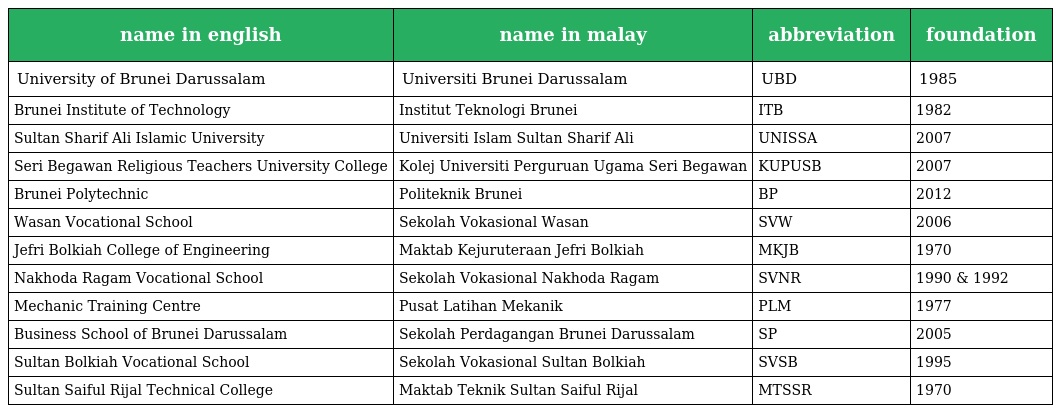
| name in english | name in malay | abbreviation | foundation |
 | --- | --- | --- | --- |
 | University of Brunei Darussalam | Universiti Brunei Darussalam | UBD | 1985 |
 | Brunei Institute of Technology | Institut Teknologi Brunei | ITB | 1982 |
 | Sultan Sharif Ali Islamic University | Universiti Islam Sultan Sharif Ali | UNISSA | 2007 |
 | Seri Begawan Religious Teachers University College | Kolej Universiti Perguruan Ugama Seri Begawan | KUPUSB | 2007 |
 | Brunei Polytechnic | Politeknik Brunei | BP | 2012 |
 | Wasan Vocational School | Sekolah Vokasional Wasan | SVW | 2006 |
 | Jefri Bolkiah College of Engineering | Maktab Kejuruteraan Jefri Bolkiah | MKJB | 1970 |
 | Nakhoda Ragam Vocational School | Sekolah Vokasional Nakhoda Ragam | SVNR | 1990 & 1992 |
 | Mechanic Training Centre | Pusat Latihan Mekanik | PLM | 1977 |
 | Business School of Brunei Darussalam | Sekolah Perdagangan Brunei Darussalam | SP | 2005 |
 | Sultan Bolkiah Vocational School | Sekolah Vokasional Sultan Bolkiah | SVSB | 1995 |
 | Sultan Saiful Rijal Technical College | Maktab Teknik Sultan Saiful Rijal | MTSSR | 1970 |